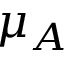
\mu _ { A }